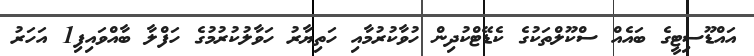
އައްޑޫސިޓީގެ ބައެއް ސްކޫލްތަކުގެ ކެޑޭޓްކުދިން ހުވާކުރުމާއި ހަތިޔާރު ހަވާލުކުރުމުގެ ހަފްލާ ބާއްވައިފި1 އަހަރު